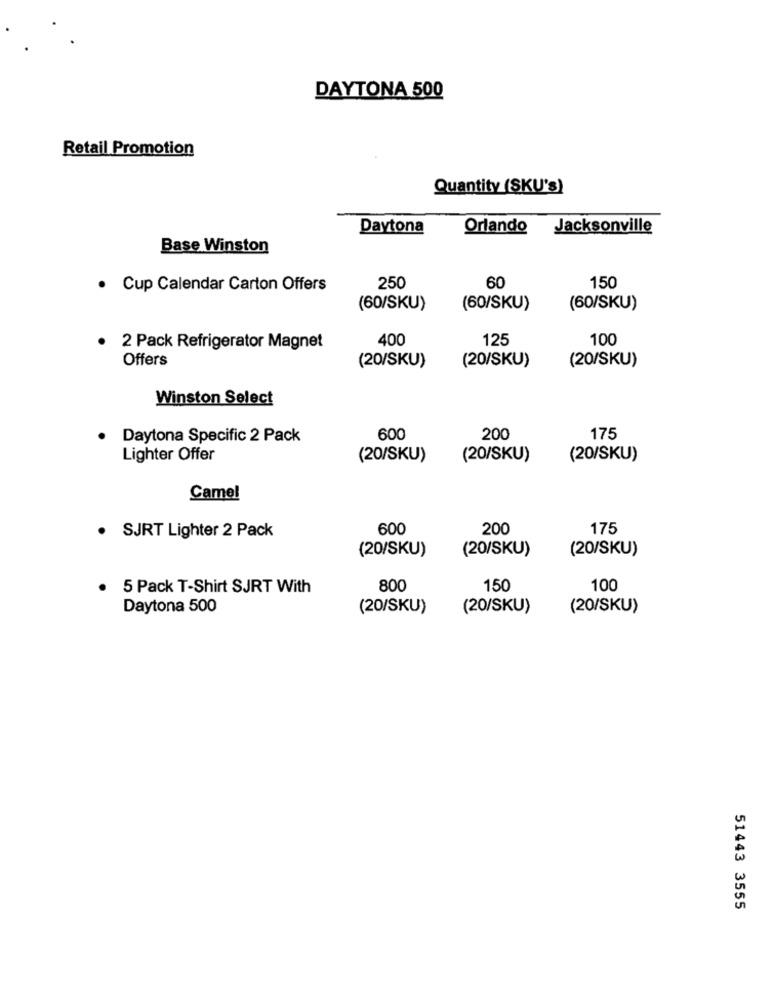
DAYTONA 500
Retail Promotion
Quantity (SKU's)
Daytona
Orlando
Jacksonville
Base Winston
· Cup Calendar Carton Offers
250
60
150
(60/SKU)
(60/SKU)
(60/SKU)
400
125
100
2 Pack Refrigerator Magnet
Offers
(20/SKU)
(20/SKU)
(20/SKU)
Winston Select
Daytona Specific 2 Pack
600
200
175
Lighter Offer
(20/SKU)
(20/SKU)
(20/SKU)
Camel
SJRT Lighter 2 Pack
600
200
175
(20/SKU)
(20/SKU)
(20/SKU)
.
5 Pack T-Shirt SJRT With
800
150
100
Daytona 500
(20/SKU)
(20/SKU)
(20/SKU)
51443 3555